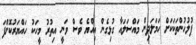
ފުލުހުންތަކަކަށް ހަމަލަދިން މައްސަލައާ ގުޅިގެން އިއްޔެ ވެސް ވަނީ އިތުރު މީހަކު ހައްޔަރުކޮށްފަ